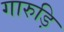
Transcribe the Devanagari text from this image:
गारुड़ि